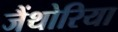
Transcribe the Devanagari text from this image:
जैंथोरिया